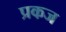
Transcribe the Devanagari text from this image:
प्रकज